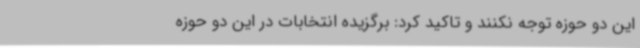
این دو حوزه توجه نکنند و تاکید کرد: برگزیده انتخابات در این دو حوزه